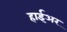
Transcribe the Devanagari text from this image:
हाईअर